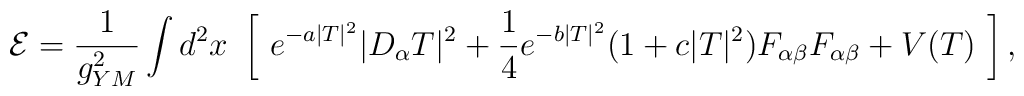
{\cal E} = \frac1{g_{YM}^2}\int d^2x\ \left[\  e^{-a|T|^2}|D_\alpha T|^2          +\frac14e^{-b|T|^2}(1+c|T|^2)F_{\alpha\beta}F_{\alpha\beta}+V(T) \ \right],